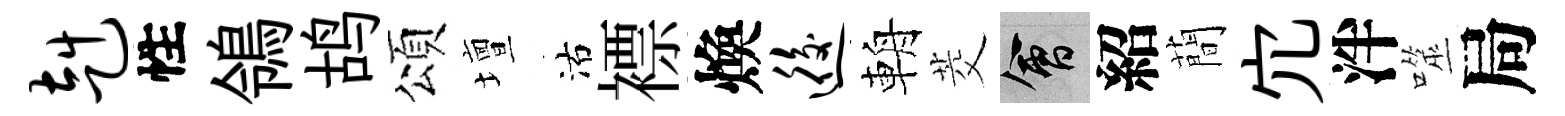
赳性鴒鸪頌壇沽褾煥逅輈茭會紹蕳宂泮噬局